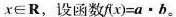
x \in R，设函数$$f ( x ) = a \cdot b$$。